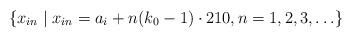
LaTeX: \begin{align*}\{x_{in}\mid x_{in}=a_{i}+n(k_0-1)\cdot 210,n=1,2,3,\ldots\}\end{align*}